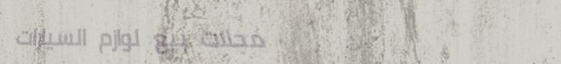
محلات بيع لوازم السيارات